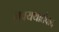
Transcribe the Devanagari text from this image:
नवयथार्तवाद